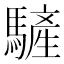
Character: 𩥮